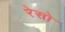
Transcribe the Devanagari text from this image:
रेसो